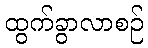
ထွက်ခွာလာစဉ်